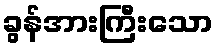
ခွန်အားကြီးသော